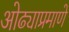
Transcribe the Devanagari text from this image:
ओढ्याप्रमाणे